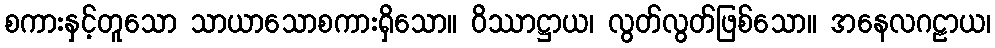
စကားနှင့်တူသော သာယာသောစကားရှိသော။ ဝိဿာဋ္ဌာယ၊ လွတ်လွတ်ဖြစ်သော။ အနေလဂဠာယ၊